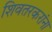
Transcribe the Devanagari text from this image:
शिवतरकरांना